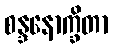
စန္ဒနောက္ခိတာ